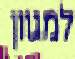
למגוון